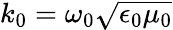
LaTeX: k_{0}=\omega_{0}\sqrt{\epsilon_{0}\mu_{0}}